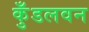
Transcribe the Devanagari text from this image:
कुँडलवन